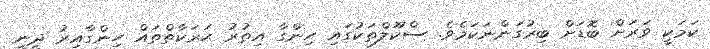
ކަމަކީ ވަރަށް ބޮޑަށް ބިރުގަންނަކަމެވެ. ސްކޫލްތަކުގައި ހިންގާ އިތުރު ޙަރަކާތްތައް ހިންގާއިރު ދީނީ